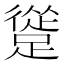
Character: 𨄦